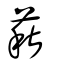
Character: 萩